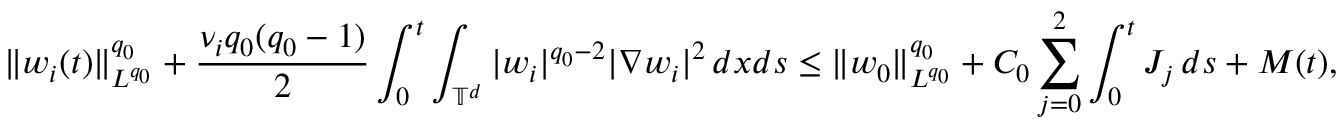
\| w _ { i } ( t ) \| _ { L ^ { q _ { 0 } } } ^ { q _ { 0 } } + \frac { \nu _ { i } q _ { 0 } ( q _ { 0 } - 1 ) } { 2 } \int _ { 0 } ^ { t } \int _ { \mathbb { T } ^ { d } } | w _ { i } | ^ { q _ { 0 } - 2 } | \nabla w _ { i } | ^ { 2 } \, d x d s \leq \| w _ { 0 } \| _ { L ^ { q _ { 0 } } } ^ { q _ { 0 } } + C _ { 0 } \sum _ { j = 0 } ^ { 2 } \int _ { 0 } ^ { t } J _ { j } \, d s + M ( t ) ,